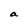
Character: a